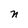
Character: n